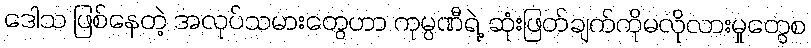
ဒေါသ ဖြစ်နေတဲ့ အလုပ်သမားတွေဟာ ကုမ္ပဏီရဲ့ ဆုံးဖြတ်ချက်ကိုမလိုလားမှုတွေစ